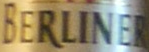
BERLINER